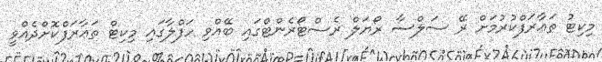
މިކިޓު ތަޢާރަފްކުރުމަށް ރޭ ސަލްސާ ރޯޔަލް ރެސްޓޯރެންޓްގައި ބޭއްވި ހަފްލާގައި މިކިޓް ތަޢާރަފްކޮށްދެއްވީ